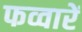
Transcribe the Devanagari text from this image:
फव्वारें